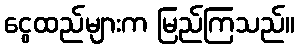
ငွေထည်များက မြည်ကြသည်။